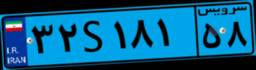
۷۸S۵۱۱۳۰